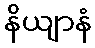
နိယျာနံ